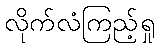
လိုက်လံကြည့်ရှု